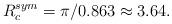
LaTeX: \begin{align*}R_c^{sym}=\pi/0.863 \approx 3.64.\end{align*}